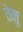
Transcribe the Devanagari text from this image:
तेनु